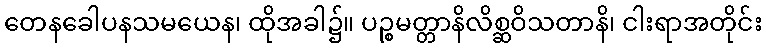
တေနခေါပနသမယေန၊ ထိုအခါ၌။ ပဉ္စမတ္တာနိလိစ္ဆဝိသတာနိ၊ ငါးရာအတိုင်း